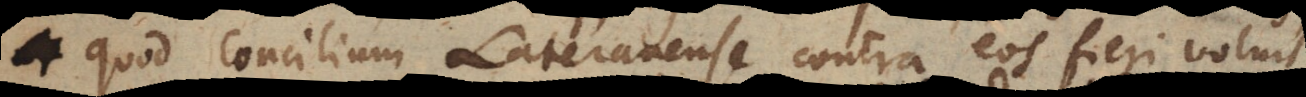
quod Concilium Lateranense contra eos fieri voluit,